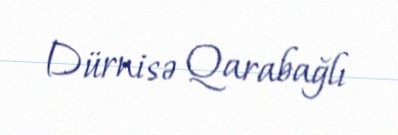
Dürnisə Qarabağlı